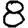
Digit: 8